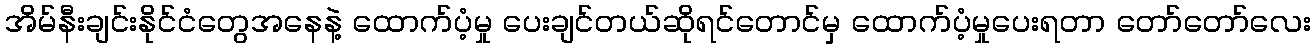
အိမ်နီးချင်းနိုင်ငံတွေအနေနဲ့ ထောက်ပံ့မှု ပေးချင်တယ်ဆိုရင်တောင်မှ ထောက်ပံ့မှုပေးရတာ တော်တော်လေး